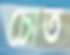
চোত